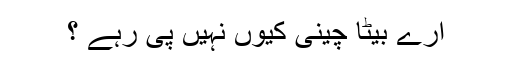
ارے بیٹا چینی کیوں نہیں پی رہے ؟